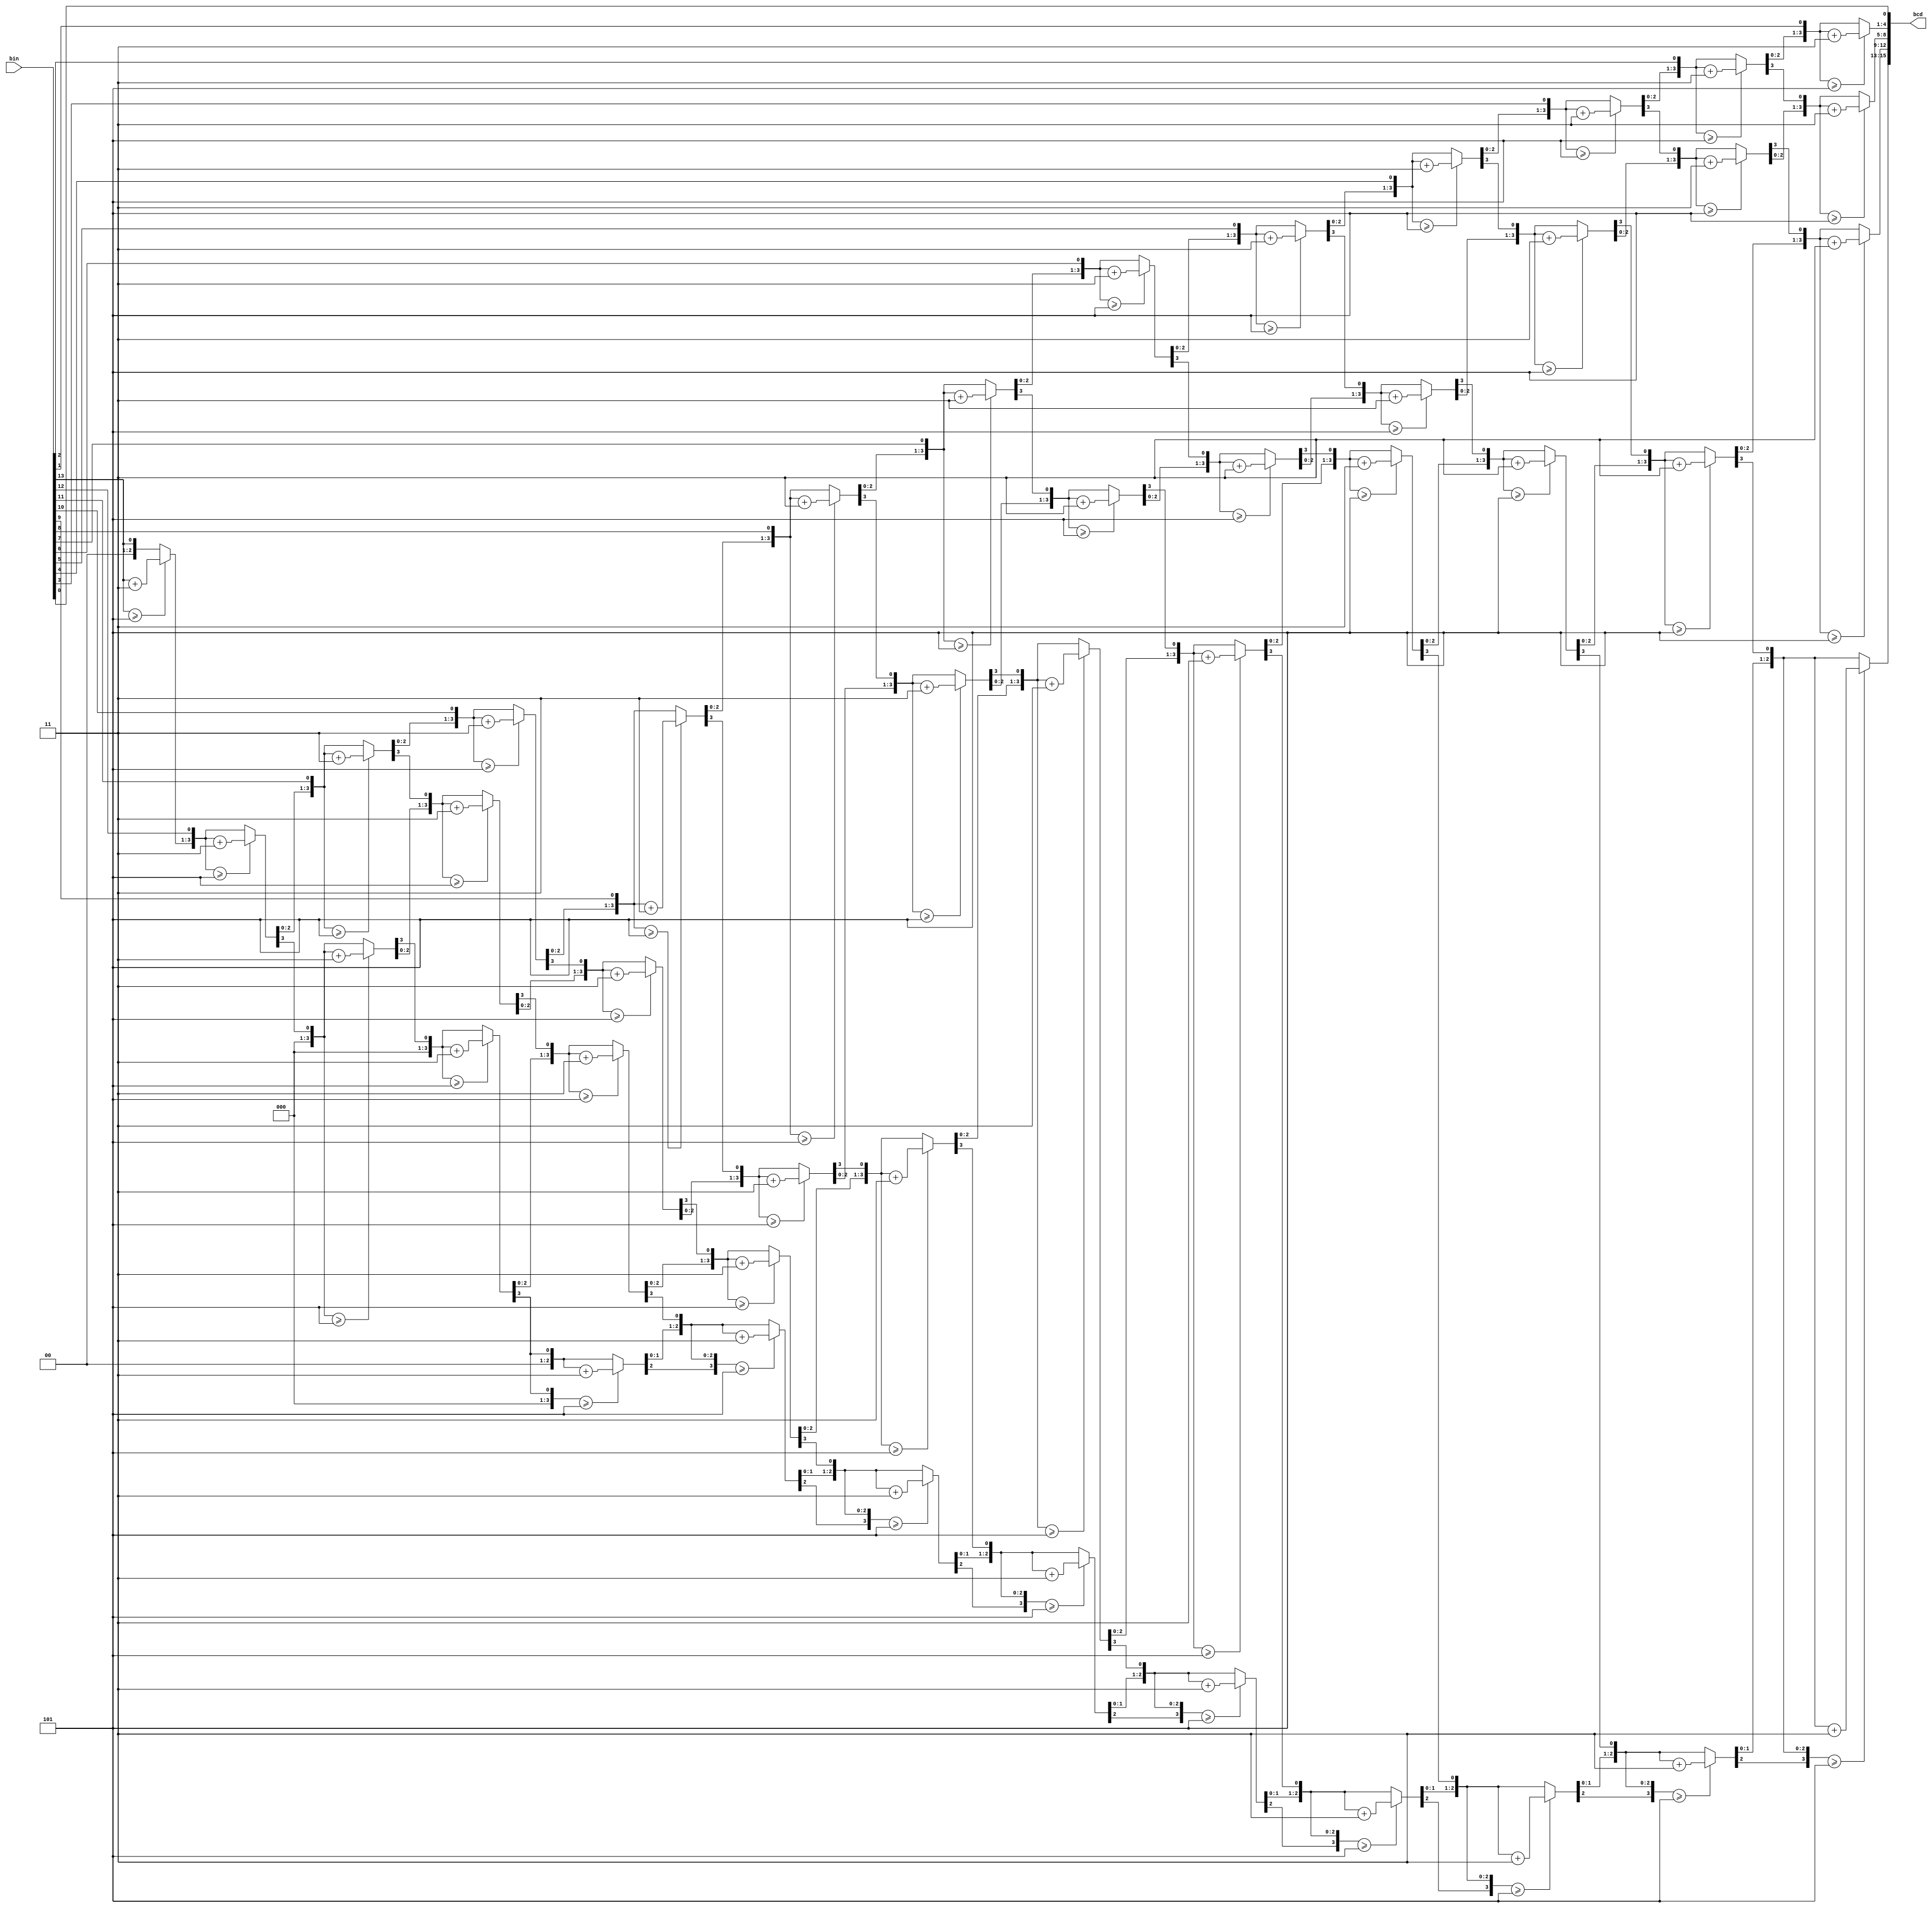
module bin2bcd( input [13:0] bin, output reg [15:0] bcd );
	integer i;
	always @(bin)
	begin
	bcd=0;
	for (i=0;i<14;i=i+1)
		begin
		if (bcd[3:0] >= 5) bcd[3:0] = bcd[3:0] + 3;
		if (bcd[7:4] >= 5) bcd[7:4] = bcd[7:4] + 3;
		if (bcd[11:8] >= 5) bcd[11:8] = bcd[11:8] + 3;
		if (bcd[15:12] >= 5) bcd[15:12] = bcd[15:12] + 3;
	bcd = {bcd[14:0],bin[13-i]}; //Shift one bit, and shift in proper bit from input
	end
end
endmodule